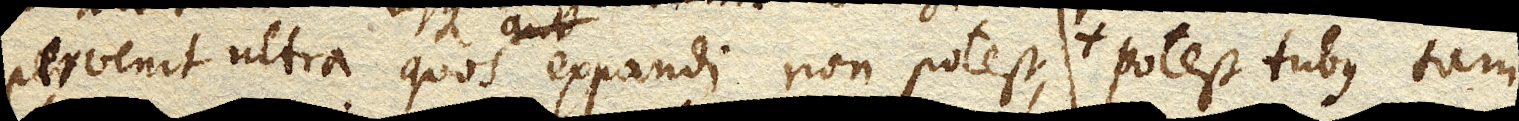
pervenit ultra quos expandi non potest aut non facile potest, potest tubus tam